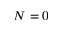
N = 0